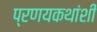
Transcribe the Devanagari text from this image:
प्रणयकथांशी